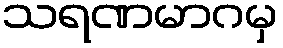
သရဏမာဂမှ